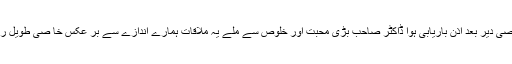
خا صی دیر بعد اذن باریابی ہوا ڈاکٹر صاحب بڑی محبت اور خلوص سے ملے یہ ملاقات ہمارے اندازے سے بر عکس خا صی طویل رہی ۔